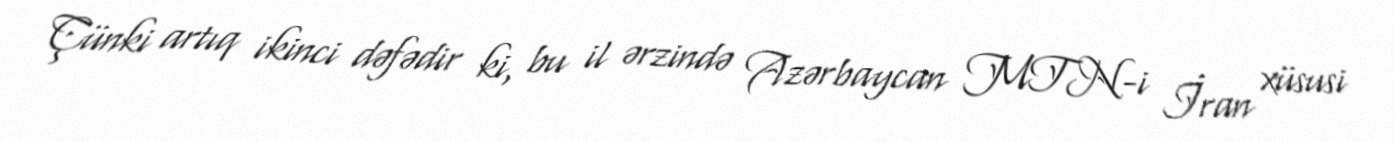
Çünki artıq ikinci dəfədir ki, bu il ərzində Azərbaycan MTN-i İran xüsusi